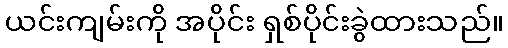
ယင်းကျမ်းကို အပိုင်း ရှစ်ပိုင်းခွဲထားသည်။